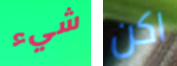
شيء اكن